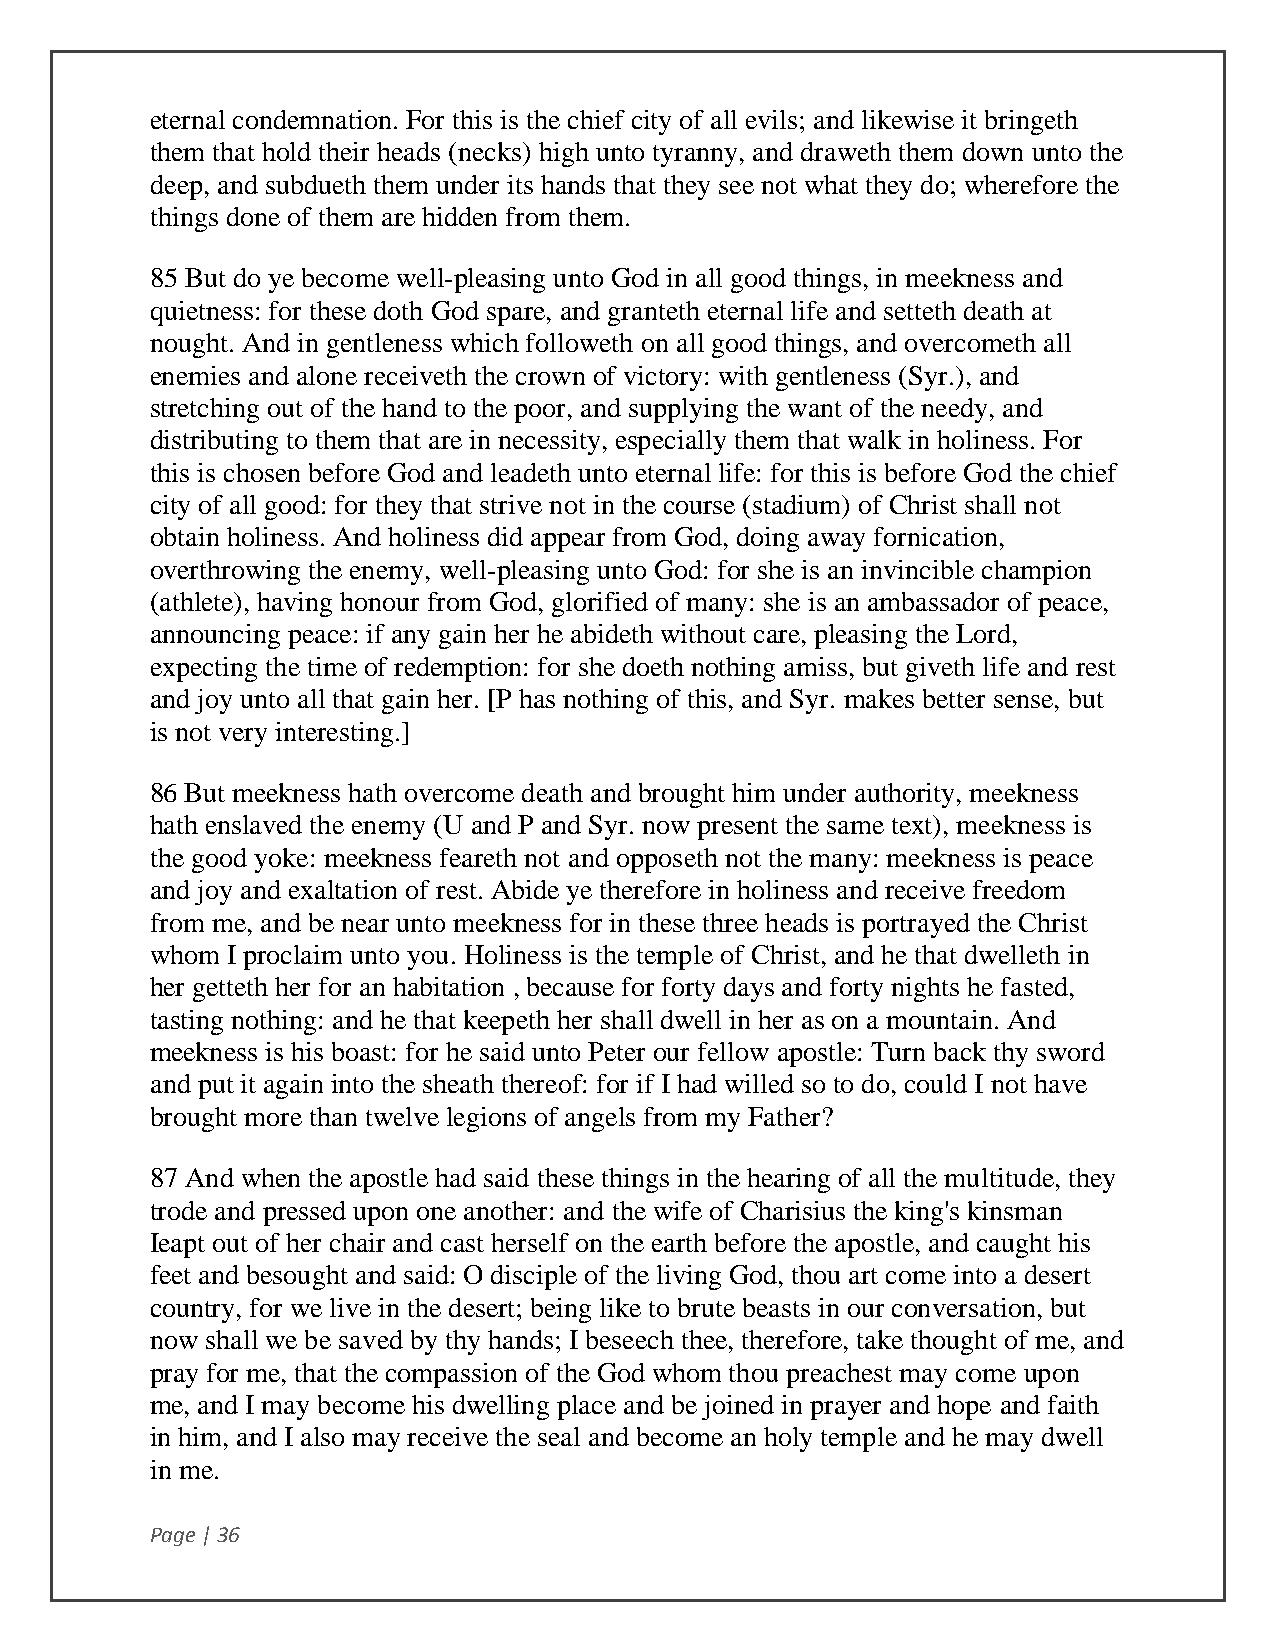
eternal condemnation. For this is the chief city of all evils; and likewise it bringeth
 them that hold their heads (necks) high unto tyranny, and draweth them down unto the
 deep, and subdueth them under its hands that they see not what they do; wherefore the
 things done of them are hidden from them.
 85 But do ye become well-pleasing unto God in all good things, in meekness and
 quietness: for these doth God spare, and granteth eternal life and setteth death at
 nought. And in gentleness which followeth on all good things, and overcometh all
 enemies and alone receiveth the crown of victory: with gentleness (Syr.), and
 stretching out of the hand to the poor, and supplying the want of the needy, and
 distributing to them that are in necessity, especially them that walk in holiness. For
 this is chosen before God and leadeth unto eternal life: for this is before God the chief
 city of all good: for they that strive not in the course (stadium) of Christ shall not
 obtain holiness. And holiness did appear from God, doing away fornication,
 overthrowing the enemy, well-pleasing unto God: for she is an invincible champion
 (athlete), having honour from God, glorified of many: she is an ambassador of peace,
 announcing peace: if any gain her he abideth without care, pleasing the Lord,
 expecting the time of redemption: for she doeth nothing amiss, but giveth life and rest
 and joy unto all that gain her. [P has nothing of this, and Syr. makes better sense, but
 is not very interesting.]
 86 But meekness hath overcome death and brought him under authority, meekness
 hath enslaved the enemy (U and P and Syr. now present the same text), meekness is
 the good yoke: meekness feareth not and opposeth not the many: meekness is peace
 and joy and exaltation of rest. Abide ye therefore in holiness and receive freedom
 from me, and be near unto meekness for in these three heads is portrayed the Christ
 whom I proclaim unto you. Holiness is the temple of Christ, and he that dwelleth in
 her getteth her for an habitation , because for forty days and forty nights he fasted,
 tasting nothing: and he that keepeth her shall dwell in her as on a mountain. And
 meekness is his boast: for he said unto Peter our fellow apostle: Turn back thy sword
 and put it again into the sheath thereof: for if I had willed so to do, could I not have
 brought more than twelve legions of angels from my Father?
 87 And when the apostle had said these things in the hearing of all the multitude, they
 trode and pressed upon one another: and the wife of Charisius the king's kinsman
 Ieapt out of her chair and cast herself on the earth before the apostle, and caught his
 feet and besought and said: O disciple of the living God, thou art come into a desert
 country, for we live in the desert; being like to brute beasts in our conversation, but
 now shall we be saved by thy hands; I beseech thee, therefore, take thought of me, and
 pray for me, that the compassion of the God whom thou preachest may come upon
 me, and I may become his dwelling place and be joined in prayer and hope and faith
 in him, and I also may receive the seal and become an holy temple and he may dwell
 in me.
 Page | 36